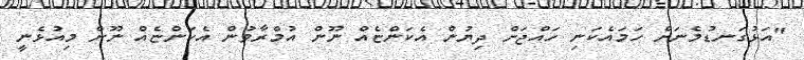
"އަޅުގަނޑުމެނަށް ހަމައެކަނި ހައްޖަށް ދިޔުން އެކަންޏެއް ނޫން އުމްރާވުން އެކަންޏެއް ނޫން މިއުޅެނީ